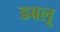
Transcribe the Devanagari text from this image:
डबलू